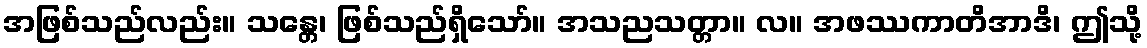
အဖြစ်သည်လည်း။ သန္တေ၊ ဖြစ်သည်ရှိသော်။ အသညသတ္တာ။ လ။ အဖဿကာတိအာဒိ၊ ဤသို့